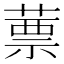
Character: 蔈